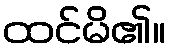
ထင်မိ၏။